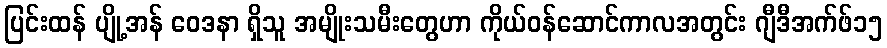
ပြင်းထန် ပျို့အန် ဝေဒနာ ရှိသူ အမျိုးသမီးတွေဟာ ကိုယ်ဝန်ဆောင်ကာလအတွင်း ဂျီဒီအက်ဖ်၁၅